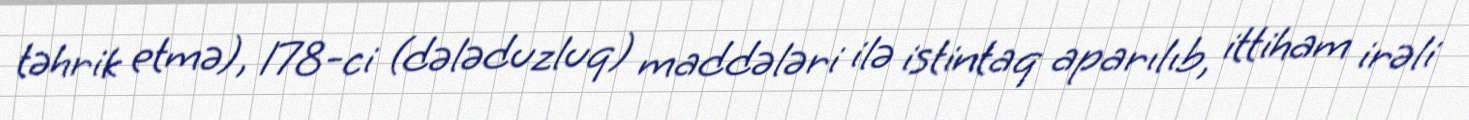
təhrik etmə), 178-ci (dələduzluq) maddələri ilə istintaq aparılıb, ittiham irəli